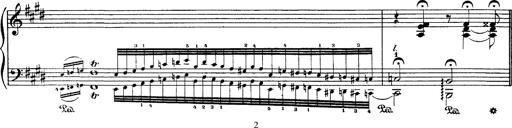
Title: Hungarian Rhapsody No.1
Composer: Franz Liszt
Key: C-sharp minor